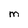
Character: M